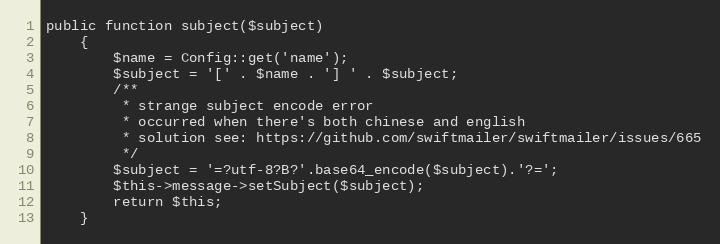
Language: PHP
public function subject($subject)
    {
        $name = Config::get('name');
        $subject = '[' . $name . '] ' . $subject;
        /**
         * strange subject encode error
         * occurred when there's both chinese and english
         * solution see: https://github.com/swiftmailer/swiftmailer/issues/665
         */
        $subject = '=?utf-8?B?'.base64_encode($subject).'?=';
        $this->message->setSubject($subject);
        return $this;
    }